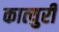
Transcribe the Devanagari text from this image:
कात्‍युरी